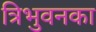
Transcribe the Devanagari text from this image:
त्रिभुवनका